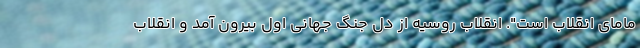
مامای انقلاب است". انقلاب روسیه از دل جنگ جهانی اول بیرون آمد و انقلاب